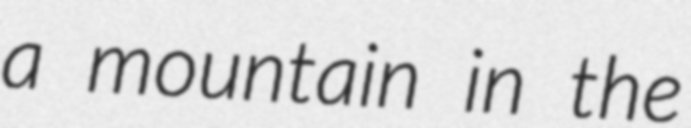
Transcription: a mountain in the